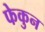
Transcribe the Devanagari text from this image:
फेकुन